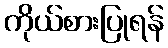
ကိုယ်စားပြုရန်